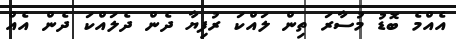
އެއްމެ ބޮޑު މުސާރަ ތިން ލައްކަ ރުފިޔާ ދެން ދެލައްކަ ދެން އެއް